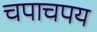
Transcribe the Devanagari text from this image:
चपाचपय